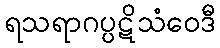
ရသရာဂပ္ပဋိသံဝေဒီ